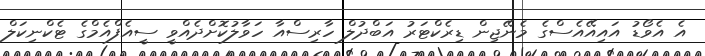
އެ އެވޯޑު އައިއޭއެސްގެ މެނޭޖިން ޑިރެކްޓަރު އަބްދުލް ހާރިސްއާ ހަވާލުކޮށްދެއްވީ ސީއެފްއެމްގެ ޓެކްނިކަލް